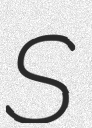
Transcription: S